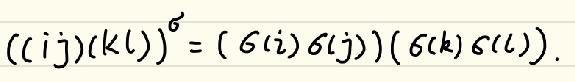
\[
((ij)(kl))^{\sigma}=( \sigma(i)\sigma(j))(\sigma(k)\sigma(l)).
\]